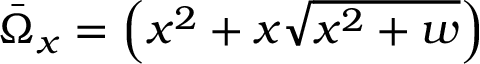
\bar { \Omega } _ { x } = \left( x ^ { 2 } + x \sqrt { x ^ { 2 } + w } \right)